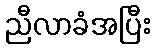
ညီလာခံအပြီး